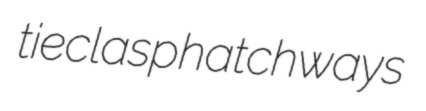
tieclasp hatchways